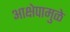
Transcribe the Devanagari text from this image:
आक्षेपामुळे